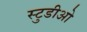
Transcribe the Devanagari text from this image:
स्टुडीओ